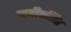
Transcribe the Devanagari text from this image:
महीपसिंह